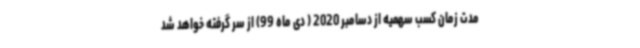
مدت زمان کسب سهمیه از دسامبر 2020 ( دی ماه 99) از سر گرفته خواهد شد